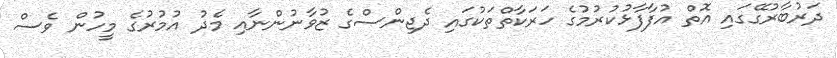
ދަރުބާރުގޭގައި އޮތް އުފާފާޅުކުރުމުގެ ހަރަކާތްތަކުގައި ދެޖިންސްގެ ޒުވާނުންނާއި މެދު އުމުރުގެ މީހުން ވެސް